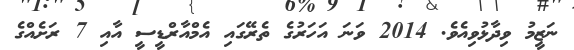
ނަޒީމު ވިދާޅުވިއެވެ. 2014 ވަނަ އަހަރުގެ ތެރޭގައި އެމްއާރްޑީސީ އާއި 7 ރަށެއްގެ